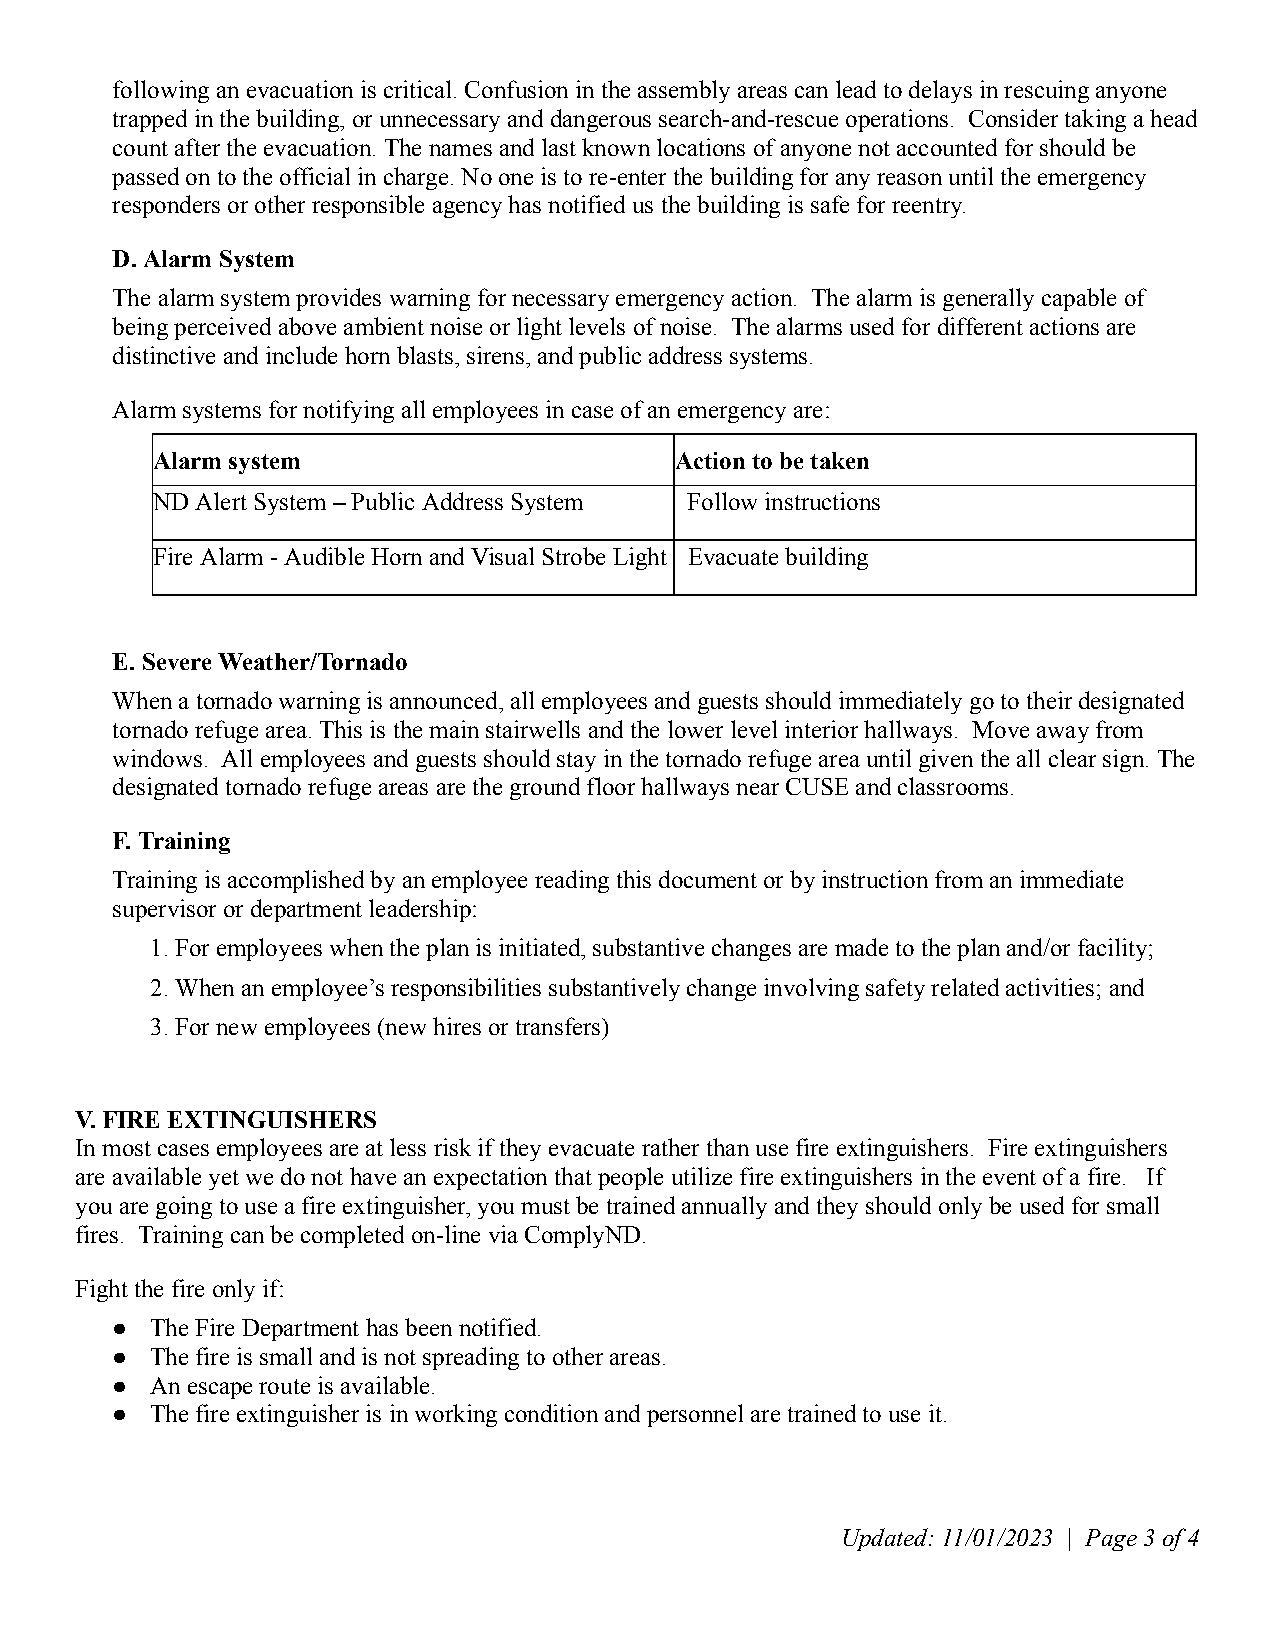
following an evacuation is critical. Confusion in the assembly areas can lead to delays in rescuing anyone
 trapped in the building, or unnecessary and dangerous search-and-rescue operations. Consider taking a head
 count after the evacuation. The names and last known locations of anyone not accounted for should be
 passed on to the official in charge. No one is to re-enter the building for any reason until the emergency
 responders or other responsible agency has notified us the building is safe for reentry.
 D. Alarm System
 The alarm system provides warning for necessary emergency action. The alarm is generally capable of
 being perceived above ambient noise or light levels of noise. The alarms used for different actions are
 distinctive and include horn blasts, sirens, and public address systems.
 Alarm systems for notifying all employees in case of an emergency are:
 Alarm system                       Action to be taken
 ND Alert System – Public Address System Follow instructions
 Fire Alarm - Audible Horn and Visual Strobe Light Evacuate building
 E. Severe Weather/Tornado
 When a tornado warning is announced, all employees and guests should immediately go to their designated
 tornado refuge area. This is the main stairwells and the lower level interior hallways. Move away from
 windows. All employees and guests should stay in the tornado refuge area until given the all clear sign. The
 designated tornado refuge areas are the ground floor hallways near CUSE and classrooms.
 F. Training
 Training is accomplished by an employee reading this document or by instruction from an immediate
 supervisor or department leadership:
 1. For employees when the plan is initiated, substantive changes are made to the plan and/or facility;
 2. When an employee’s responsibilities substantively change involving safety related activities; and
 3. For new employees (new hires or transfers)
 V. FIRE EXTINGUISHERS
 In most cases employees are at less risk if they evacuate rather than use fire extinguishers. Fire extinguishers
 are available yet we do not have an expectation that people utilize fire extinguishers in the event of a fire. If
 you are going to use a fire extinguisher, you must be trained annually and they should only be used for small
 fires. Training can be completed on-line via ComplyND.
 Fight the fire only if:
 ●  The Fire Department has been notified.
 ●  The fire is small and is not spreading to other areas.
 ●  An escape route is available.
 ●  The fire extinguisher is in working condition and personnel are trained to use it.
 Updated: 11/01/2023 | Page 3 of 4